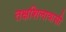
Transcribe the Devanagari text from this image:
तक्षशिलावासी